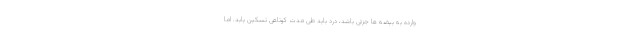
وارده به بیضه ها جزئی باشد، درد باید طی مدت کوتاهی تسکین یابد. اما